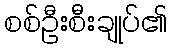
စစ်ဦးစီးချုပ်၏